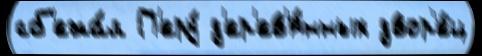
сб'ежа́л П'еру́ д'ер'ев'я́нных двор'е́ц